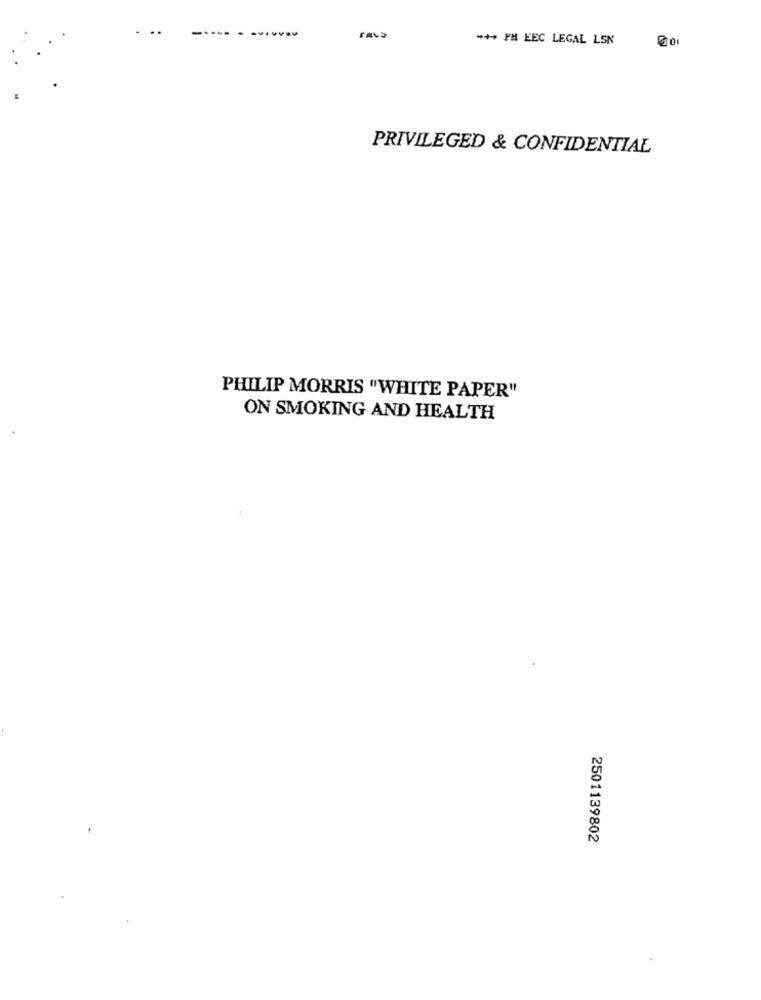
...
-.
ras
+++ PM EEC LEGAL LSN
PRIVILEGED & CONFIDENTIAL
PHILIP MORRIS "WHITE PAPER"
ON SMOKING AND HEALTH
2501139802